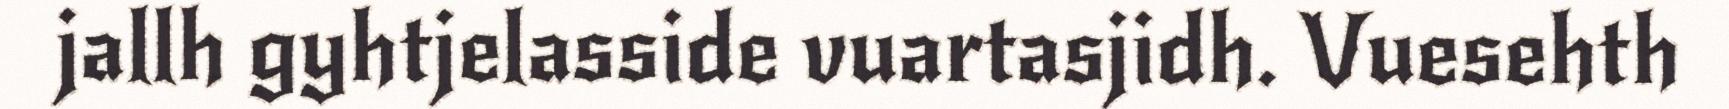
jallh gyhtjelasside vuartasjidh. Vuesehth